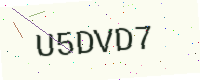
Text: U5DVD7